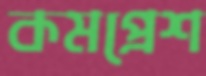
কমপ্রেশ